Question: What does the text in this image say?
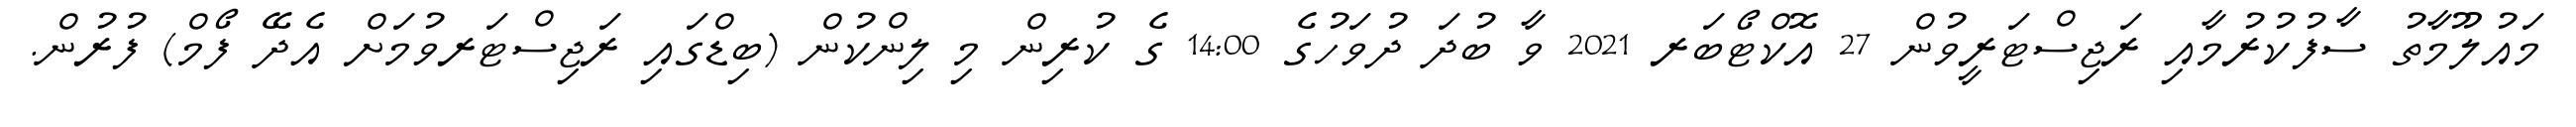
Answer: މައުލޫމާތު ސާފުކުރުމާއި ރަޖިސްޓަރީވުން 27 އޮކްޓޯބަރ 2021 ވާ ބުދަ ދުވަހުގެ 14:00 ގެ ކުރިން މި ލިންކުން (ބިޑްގައި ރަޖިސްޓަރވުމަށް އެދޭ ފޯމް) ފުރުން.